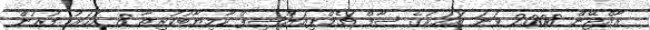
ރާއްޖޭން 2008 ވަނަ އަހަރުގެ ސާފް ޗެމްޕިއަންޝިޕް ކާމިޔާބުކުރިތާ 8 އަހަރު ފުރުން